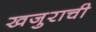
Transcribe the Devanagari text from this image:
खजुराची